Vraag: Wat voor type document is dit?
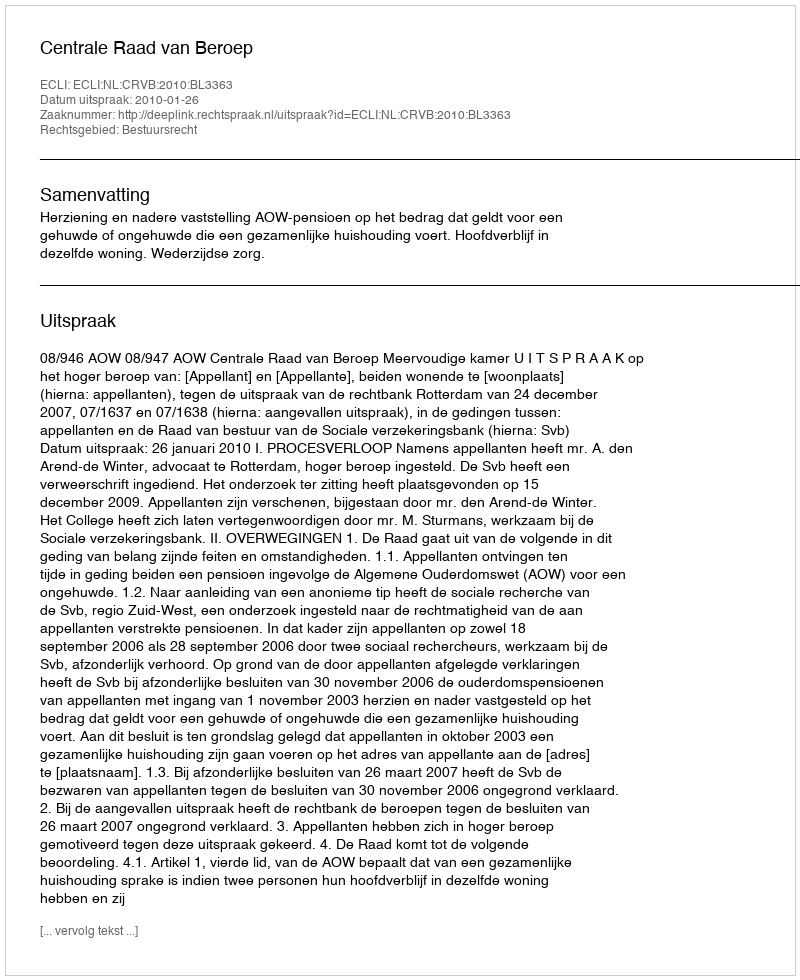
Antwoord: Uitspraak